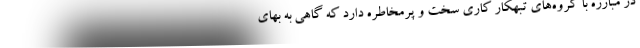
در مبارزه با گروه‌های تبهکار کاری سخت و پرمخاطره دارد که گاهی به بهای